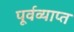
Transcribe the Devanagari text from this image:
पूर्वव्याप्त